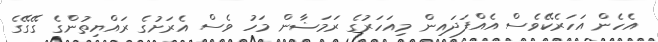
އެހެން އަހަރެކޭވެސް އެއްފަދައިން މިއަހަރުގެ ރަމަޟާން މަހު ވެސް އެރަށުގެ ރައްޔިތުންގެ ގޭގޭގެ